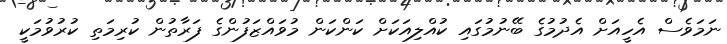
ނަމަވެސް އެހީއަށް އެދުމުގެ ބޭނުމުގައި ކުއްލިއަކަށް ކަންކަން މުވައްޒަފުންގެ ފަރާތުން ކުރިމަތި ކުރުވުމަކީ